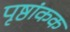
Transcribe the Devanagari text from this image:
पृष्ठांकक